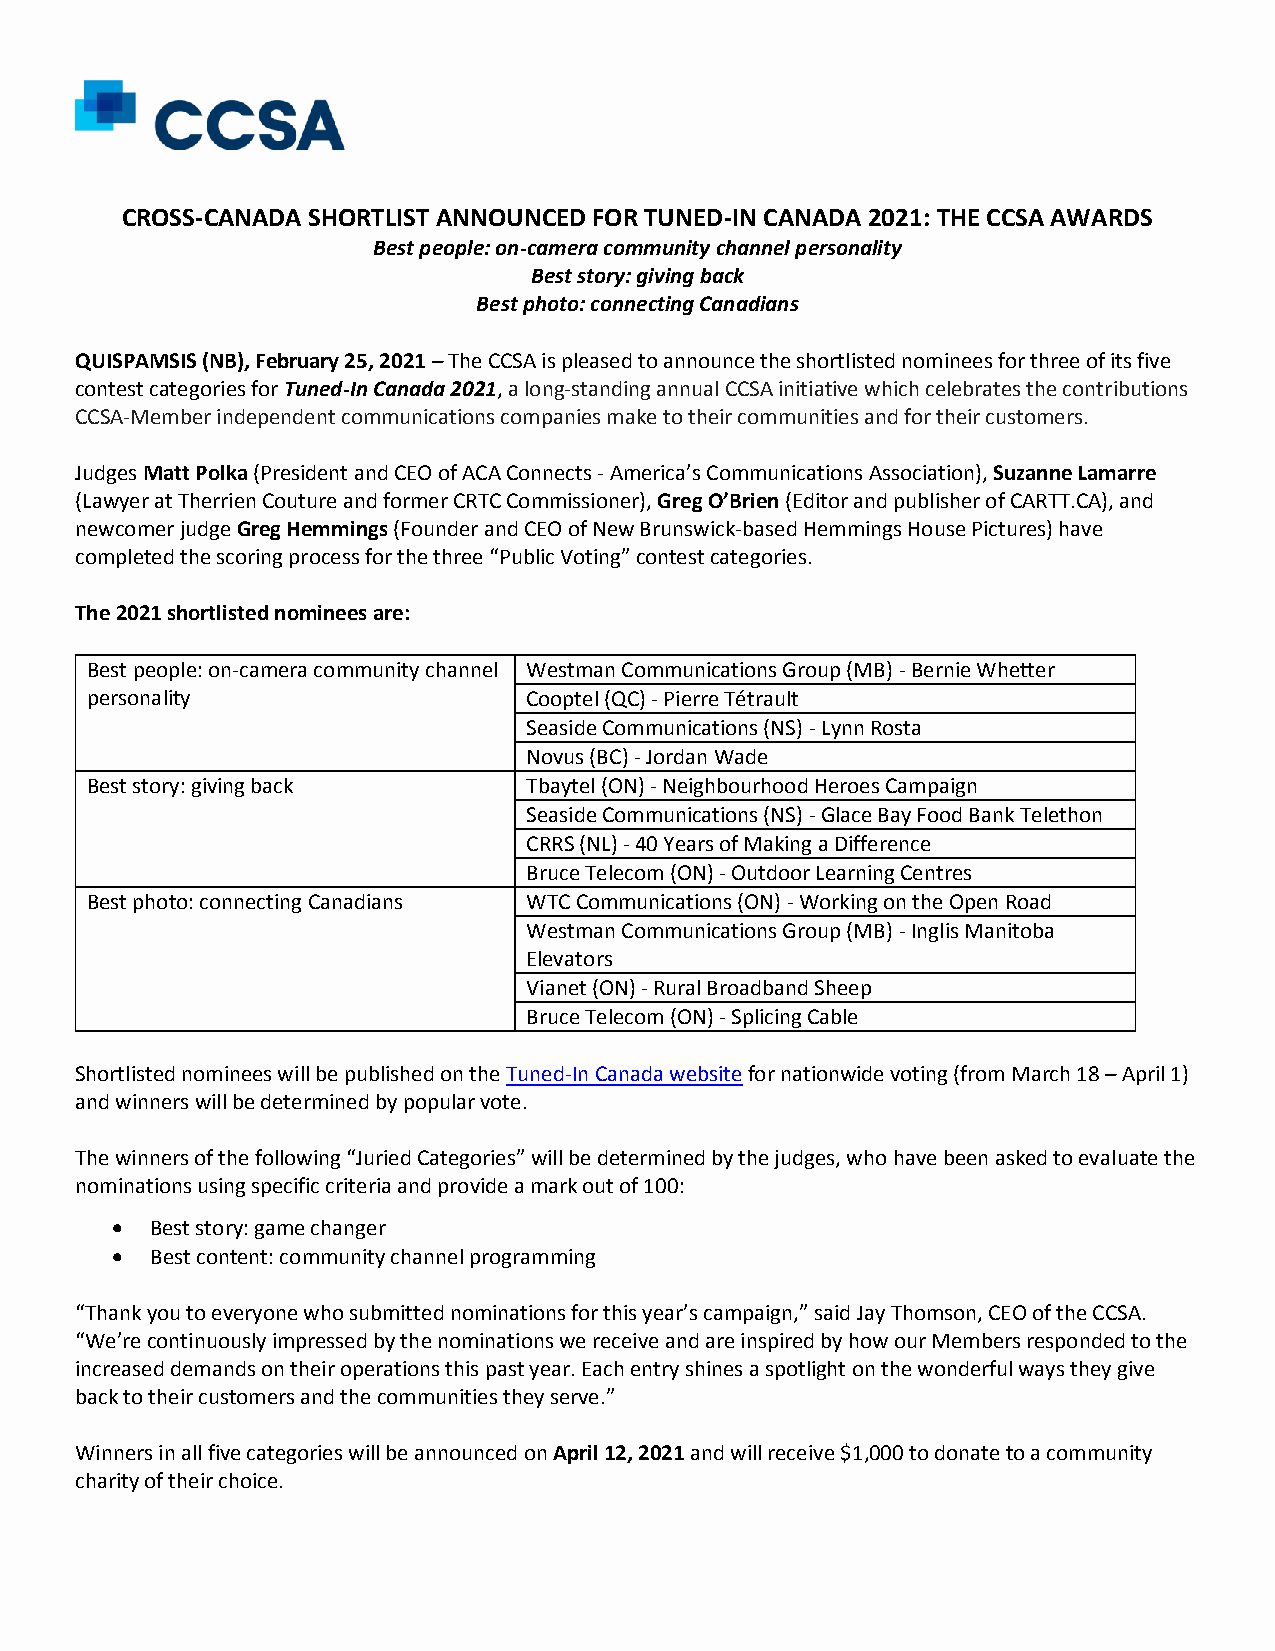
CROSS-CANADA SHORTLIST ANNOUNCED FOR TUNED-IN CANADA 2021: THE CCSA AWARDS
 Best people: on-camera community channel personality
 Best story: giving back
 Best photo: connecting Canadians
 QUISPAMSIS (NB), February 25, 2021 – The CCSA is pleased to announce the shortlisted nominees for three of its five
 contest categories for Tuned-In Canada 2021, a long-standing annual CCSA initiative which celebrates the contributions
 CCSA-Member independent communications companies make to their communities and for their customers.
 Judges Matt Polka (President and CEO of ACA Connects - America’s Communications Association), Suzanne Lamarre
 (Lawyer at Therrien Couture and former CRTC Commissioner), Greg O’Brien (Editor and publisher of CARTT.CA), and
 newcomer judge Greg Hemmings (Founder and CEO of New Brunswick-based Hemmings House Pictures) have
 completed the scoring process for the three “Public Voting” contest categories.
 The 2021 shortlisted nominees are:
 Best people: on-camera community channel Westman Communications Group (MB) - Bernie Whetter
 personality                  Cooptel (QC) - Pierre Tétrault
 Seaside Communications (NS) - Lynn Rosta
 Novus (BC) - Jordan Wade
 Best story: giving back      Tbaytel (ON) - Neighbourhood Heroes Campaign
 Seaside Communications (NS) - Glace Bay Food Bank Telethon
 CRRS (NL) - 40 Years of Making a Difference
 Bruce Telecom (ON) - Outdoor Learning Centres
 Best photo: connecting Canadians WTC Communications (ON) - Working on the Open Road
 Westman Communications Group (MB) - Inglis Manitoba
 Elevators
 Vianet (ON) - Rural Broadband Sheep
 Bruce Telecom (ON) - Splicing Cable
 Shortlisted nominees will be published on the Tuned-In Canada website for nationwide voting (from March 18 – April 1)
 and winners will be determined by popular vote.
 The winners of the following “Juried Categories” will be determined by the judges, who have been asked to evaluate the
 nominations using specific criteria and provide a mark out of 100:
 •  Best story: game changer
 •  Best content: community channel programming
 “Thank you to everyone who submitted nominations for this year’s campaign,” said Jay Thomson, CEO of the CCSA.
 “We’re continuously impressed by the nominations we receive and are inspired by how our Members responded to the
 increased demands on their operations this past year. Each entry shines a spotlight on the wonderful ways they give
 back to their customers and the communities they serve.”
 Winners in all five categories will be announced on April 12, 2021 and will receive $1,000 to donate to a community
 charity of their choice.